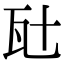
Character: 瓧